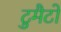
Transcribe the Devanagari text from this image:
टुमैटो